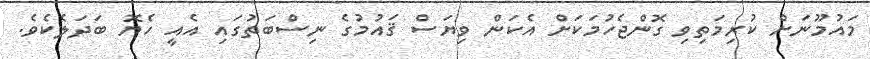
މައުމޫނަށް ކުރިމަތިވި ގޮންޖެހުމަކަށް އެކަން ވިޔަސް ޤައުމުގެ ނިސްބަތުގައި އެއީ ހެޔޮ ބަދަލެކެވެ.